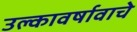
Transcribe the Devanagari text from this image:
उल्कावर्षावाचे